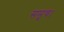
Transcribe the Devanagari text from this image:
समूच।